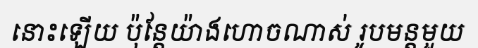
នោះឡើយ ប៉ុន្តែយ៉ាងហោចណាស់ រូបមន្តមួយ